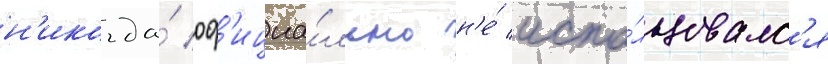
н'икогда́ оф'ициа́льно н'е́ испо́льзовалс'я